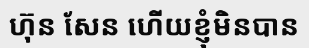
ហ៊ុន សែន ហើយខ្ញុំមិនបាន